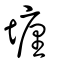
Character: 㙻